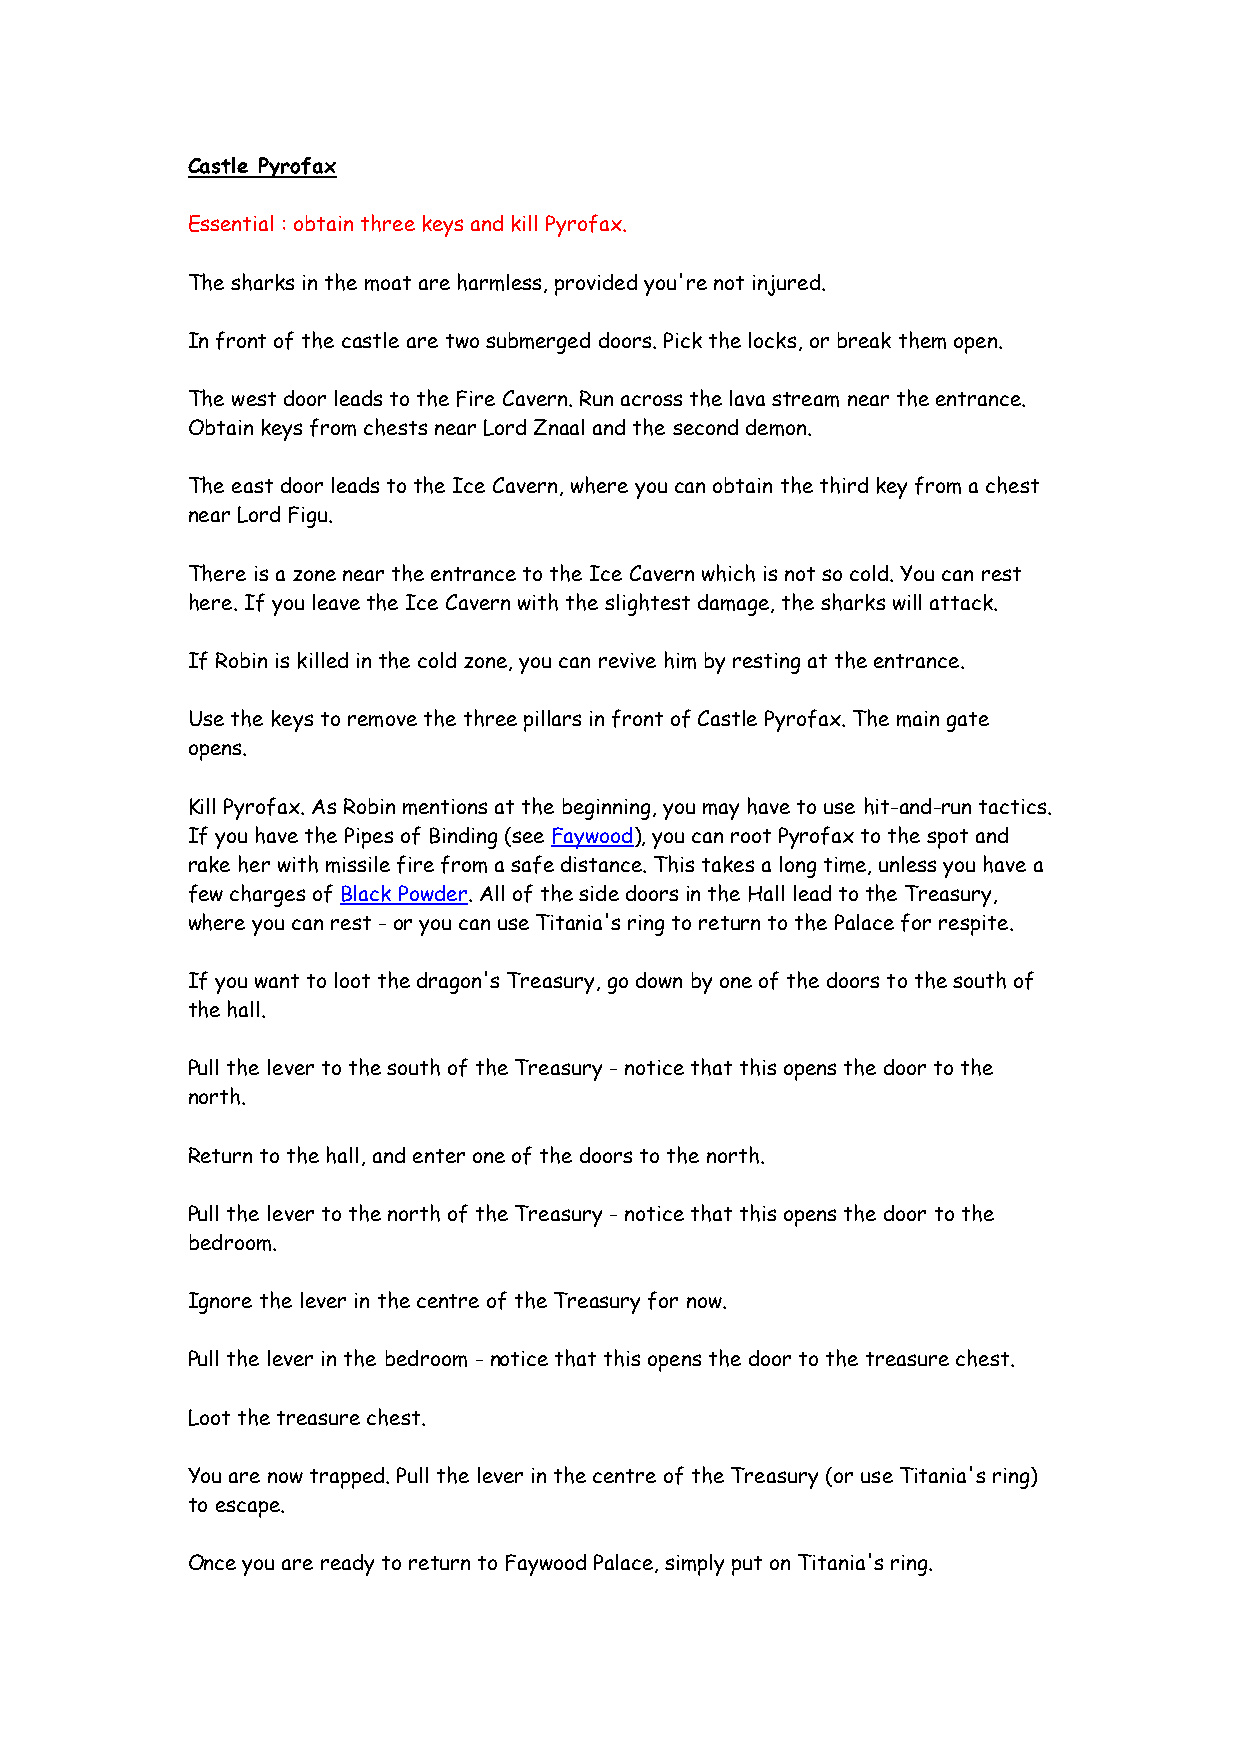
Castle Pyrofax
 Essential : obtain three keys and kill Pyrofax.
 The sharks in the moat are harmless, provided you're not injured.
 In front of the castle are two submerged doors. Pick the locks, or break them open.
 The west door leads to the Fire Cavern. Run across the lava stream near the entrance.
 Obtain keys from chests near Lord Znaal and the second demon.
 The east door leads to the Ice Cavern, where you can obtain the third key from a chest
 near Lord Figu.
 There is a zone near the entrance to the Ice Cavern which is not so cold. You can rest
 here. If you leave the Ice Cavern with the slightest damage, the sharks will attack.
 If Robin is killed in the cold zone, you can revive him by resting at the entrance.
 Use the keys to remove the three pillars in front of Castle Pyrofax. The main gate
 opens.
 Kill Pyrofax. As Robin mentions at the beginning, you may have to use hit-and-run tactics.
 If you have the Pipes of Binding (see Faywood), you can root Pyrofax to the spot and
 rake her with missile fire from a safe distance. This takes a long time, unless you have a
 few charges of Black Powder. All of the side doors in the Hall lead to the Treasury,
 where you can rest - or you can use Titania's ring to return to the Palace for respite.
 If you want to loot the dragon's Treasury, go down by one of the doors to the south of
 the hall.
 Pull the lever to the south of the Treasury - notice that this opens the door to the
 north.
 Return to the hall, and enter one of the doors to the north.
 Pull the lever to the north of the Treasury - notice that this opens the door to the
 bedroom.
 Ignore the lever in the centre of the Treasury for now.
 Pull the lever in the bedroom - notice that this opens the door to the treasure chest.
 Loot the treasure chest.
 You are now trapped. Pull the lever in the centre of the Treasury (or use Titania's ring)
 to escape.
 Once you are ready to return to Faywood Palace, simply put on Titania's ring.